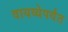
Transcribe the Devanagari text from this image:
वायव्येपर्यंत